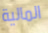
المالية